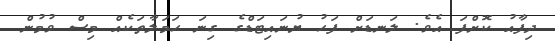
ދިފާއު ކޮށްފަ އެވެ. ލަނޑަށް ފަހު ޔުނައިޓަޑްގެ ގިނަ ހަމަލާތަކެއް މިސް ވުމުން